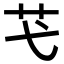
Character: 芅